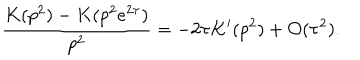
LaTeX: \frac { K ( p ^ { 2 } ) - K ( p ^ { 2 } e ^ { 2 \tau } ) } { p ^ { 2 } } = - 2 \tau K ^ { \prime } ( p ^ { 2 } ) + { \cal O } ( \tau ^ { 2 } ) .